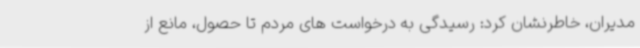
مدیران، خاطرنشان کرد: رسیدگی به درخواست های مردم تا حصول، مانع از